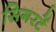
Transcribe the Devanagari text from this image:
सिगरटें